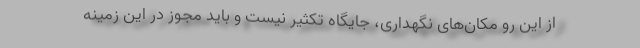
از این رو مکان‌های نگهداری، جایگاه تکثیر نیست و باید مجوز در این زمینه